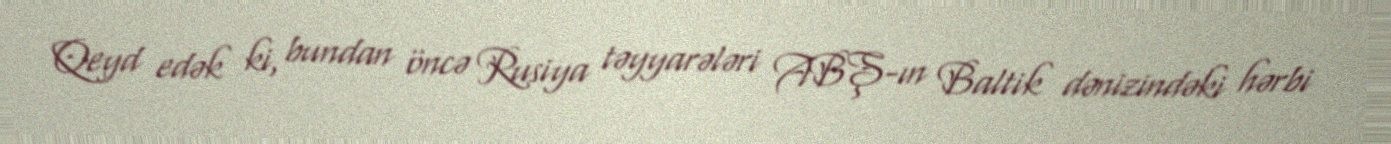
Qeyd edək ki, bundan öncə Rusiya təyyarələri ABŞ-ın Baltik dənizindəki hərbi